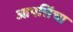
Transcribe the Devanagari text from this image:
आपत्तिंचा